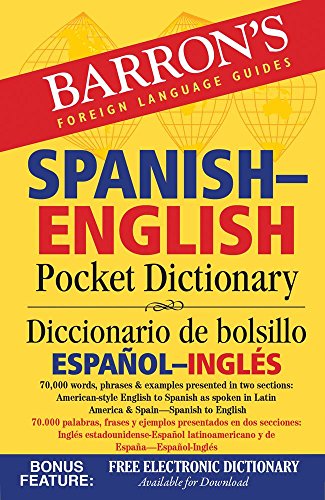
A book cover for Barron's Spanish-English Pocket Dictionary: 70,000 words, phrases & examples presented in two sections: American style English to Spanish -- Spanish to English (Barron's Pocket Bilingual Dictionaries); Reference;